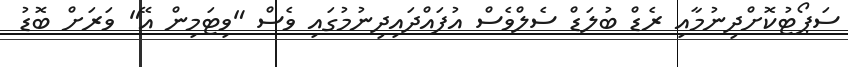
ސަޕޯޓުކޮށްދިނުމާއި ރެޑް ބުލަޑް ސެލްވެސް އުފައްދައިދިނުމުގައި ވެސް "ވިޓަމިން އޭ" ވަރަށް ބޮޑު